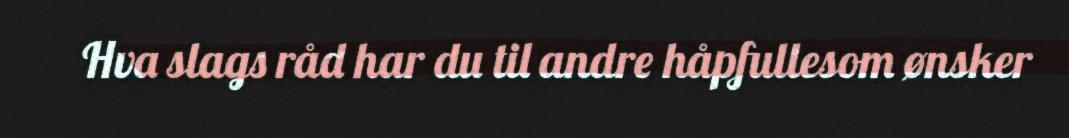
Hva slags råd har du til andre håpfullesom ønsker